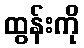
ထွန်းကို